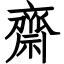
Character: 齋